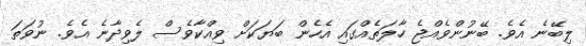
ލިބޭނެ އެވެ. ބޭނުންވެއްޖެ ހާލަތެއްގައި އެހެން ބަޔަކަށް ވިއްކާވެސް ލެވިދާނެ އެވެ. ނުވަތަ